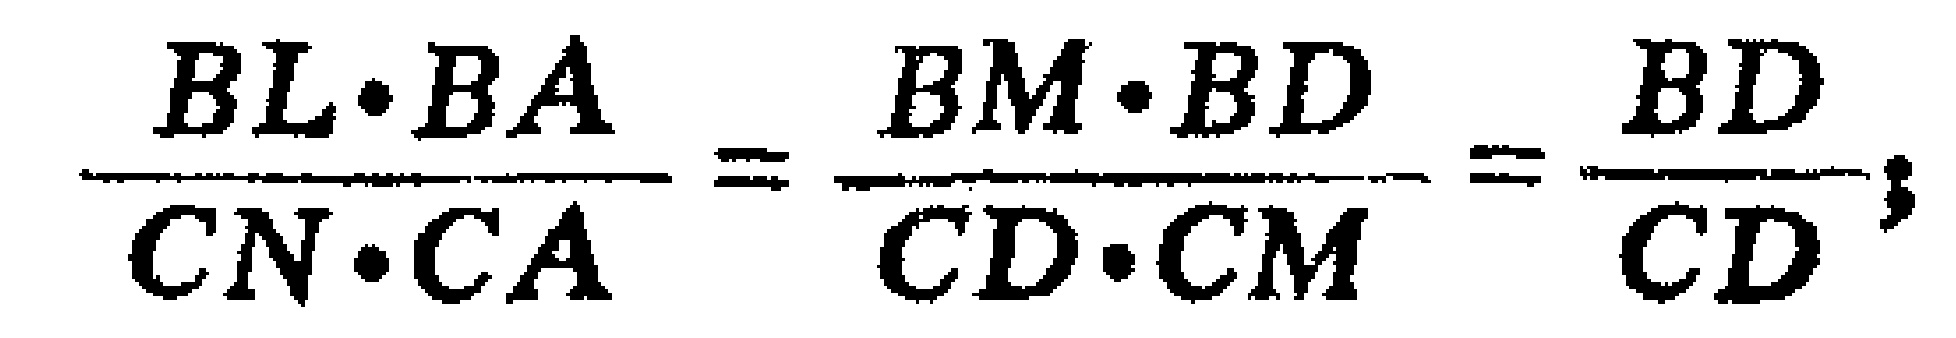
\(\frac{BL\cdot BA}{CN\cdot CA}=\frac{BM\cdot BD}{CD\cdot CM}=\frac{BD}{CD};\)